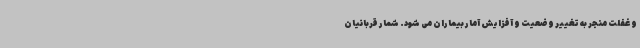
و غفلت منجر به تغییر وضعیت و آفزایش آمار بیماران می شود. شمار قربانیان